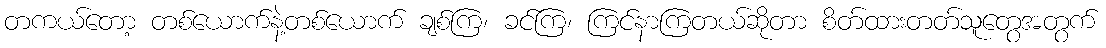
တကယ်တော့ တစ်ယောက်နဲ့တစ်ယောက် ချစ်ကြ၊ ခင်ကြ၊ ကြင်နာကြတယ်ဆိုတာ စိတ်ထားတတ်သူတွေအတွက်